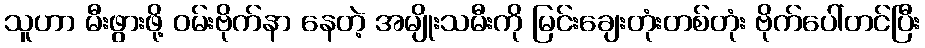
သူဟာ မီးဖွားဖို့ ဝမ်းဗိုက်နာ နေတဲ့ အမျိုးသမီးကို မြင်းချေးတုံးတစ်တုံး ဗိုက်ပေါ်တင်ပြီး